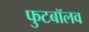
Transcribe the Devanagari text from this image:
फुटबॉलव